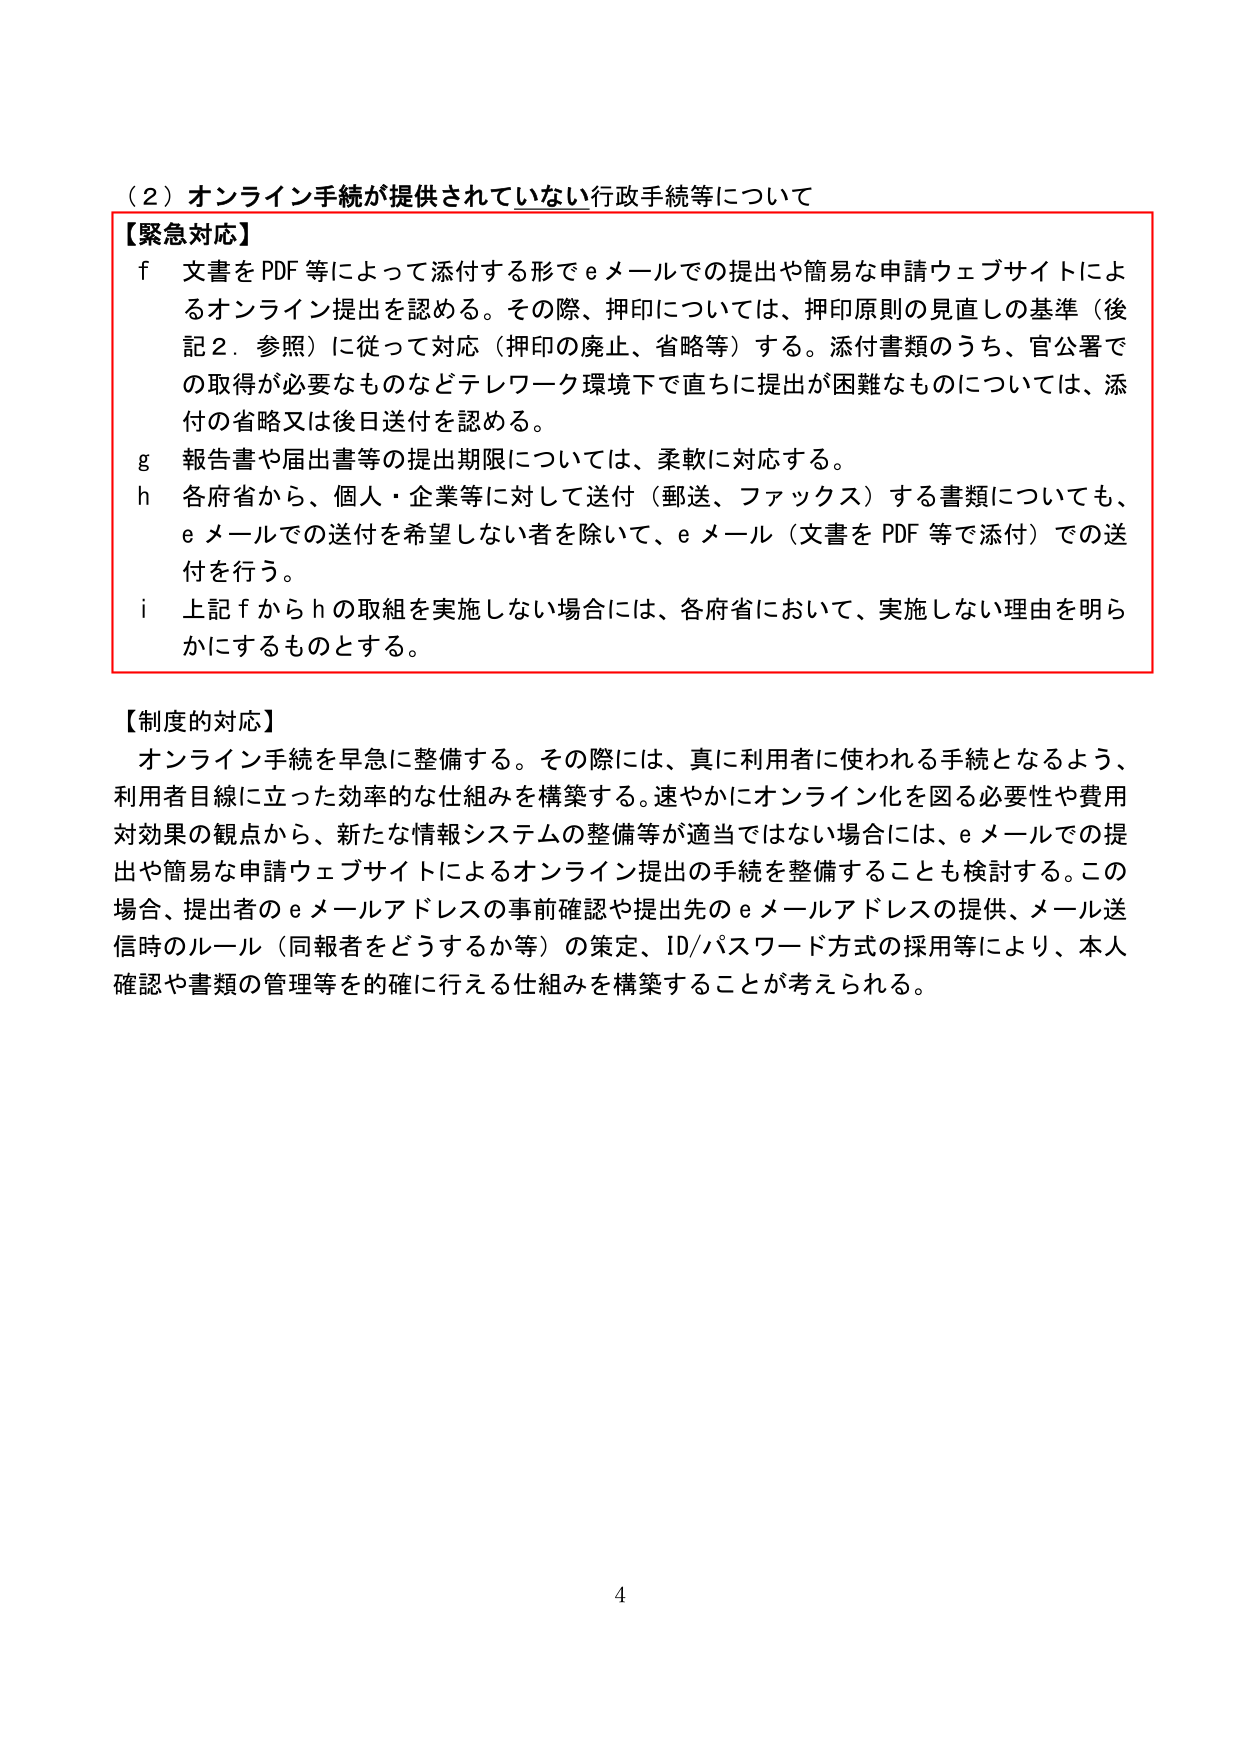
（２）オンライン手続が提供されていない行政手続等について

【緊急対応】
ｆ 文書をPDF等によって添付する形でeメールでの提出や簡易な申請ウェブサイトによるオンライン提出を認める。その際、押印については、押印原則の見直しの基準（後記2．参照）に従って対応（押印の廃止、省略等）する。添付書類のうち、官公署での取得が必要なものなどテレワーク環境下で直ちに提出が困難なものについては、添付の省略又は後日送付を認める。
ｇ 報告書や届出書等の提出期限については、柔軟に対応する。
ｈ 各府省から、個人・企業等に対して送付（郵送、ファックス）する書類についても、eメールでの送付を希望しない者を除いて、eメール（文書をPDF等で添付）での送付を行う。
ｉ 上記ｆからｈの取組を実施しない場合には、各府省において、実施しない理由を明らかにするものとする。

【制度的対応】
オンライン手続を早急に整備する。その際には、真に利用者に使われる手続となるよう、利用者目線に立った効率的な仕組みを構築する。速やかにオンライン化を図る必要性や費用対効果の観点から、新たな情報システムの整備等が適当ではない場合には、eメールでの提出や簡易な申請ウェブサイトによるオンライン提出の手続を整備することも検討する。この場合、提出者のeメールアドレスの事前確認や提出先のeメールアドレスの提供、メール送信時のルール（同報者をどうするか等）の策定、ID/パスワード方式の採用等により、本人確認や書類の管理等を的確に行える仕組みを構築することが考えられる。

4